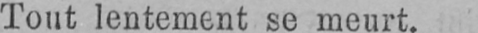
Tout lentement se meurt.